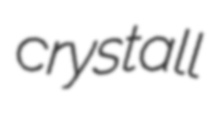
crystall